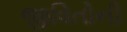
જીવિતોની